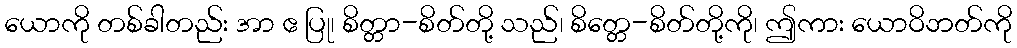
ယောကို တစ်ခါတည်း အာ ဧ ပြု၊ စိတ္တာ-စိတ်တို့ သည်၊ စိတ္တေ-စိတ်တို့ကို၊ ဤကား ယောဝိဘတ်ကို